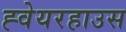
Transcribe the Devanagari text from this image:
ह्वेयरहाउस